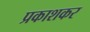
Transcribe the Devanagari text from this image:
प्रकाशकर